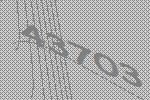
43703